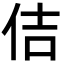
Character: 佶